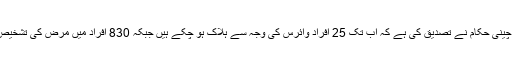
جمعے کو چینی حکام نے تصدیق کی ہے کہ اب تک 25 افراد وائرس کی وجہ سے ہلاک ہو چکے ہیں جبکہ 830 افراد میں مرض کی تشخیص ہوئی ہے۔